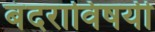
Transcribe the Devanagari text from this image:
बंदराविषयी